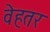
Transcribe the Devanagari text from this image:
वेहतर